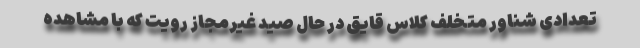
تعدادی شناور متخلف کلاس قایق در حال صید غیرمجاز رویت که با مشاهده